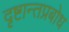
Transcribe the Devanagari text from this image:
दृष्टान्तप्रबोध